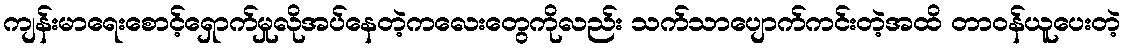
ကျန်းမာရေးစောင့်ရှောက်မှုလိုအပ်နေတဲ့ကလေးတွေကိုလည်း သက်သာပျောက်ကင်းတဲ့အထိ တာဝန်ယူပေးတဲ့